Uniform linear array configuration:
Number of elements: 8
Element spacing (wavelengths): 0.75
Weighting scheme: cosine
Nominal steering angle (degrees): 60
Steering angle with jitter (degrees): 61.663
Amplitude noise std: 0.05
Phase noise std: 0.05

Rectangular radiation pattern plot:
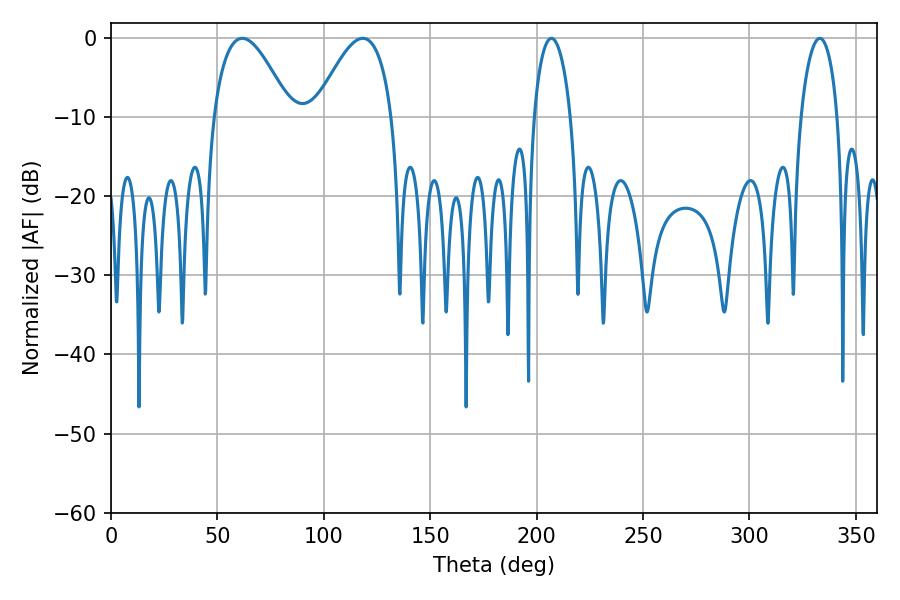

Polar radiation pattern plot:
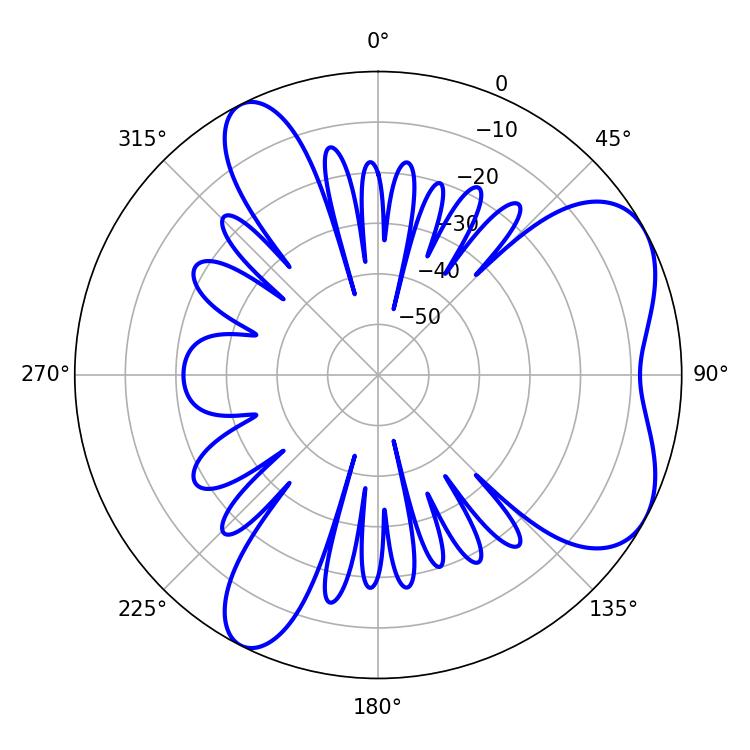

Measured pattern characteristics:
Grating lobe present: TRUE
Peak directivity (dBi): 5.902
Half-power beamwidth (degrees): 19.62
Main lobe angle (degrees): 61.74